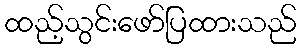
ထည့်သွင်းဖော်ပြထားသည်